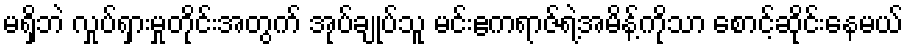
မရှိဘဲ လှုပ်ရှားမှုတိုင်းအတွက် အုပ်ချုပ်သူ မင်းဧကရာဇ်ရဲ့အမိန့်ကိုသာ စောင့်ဆိုင်းနေမယ်